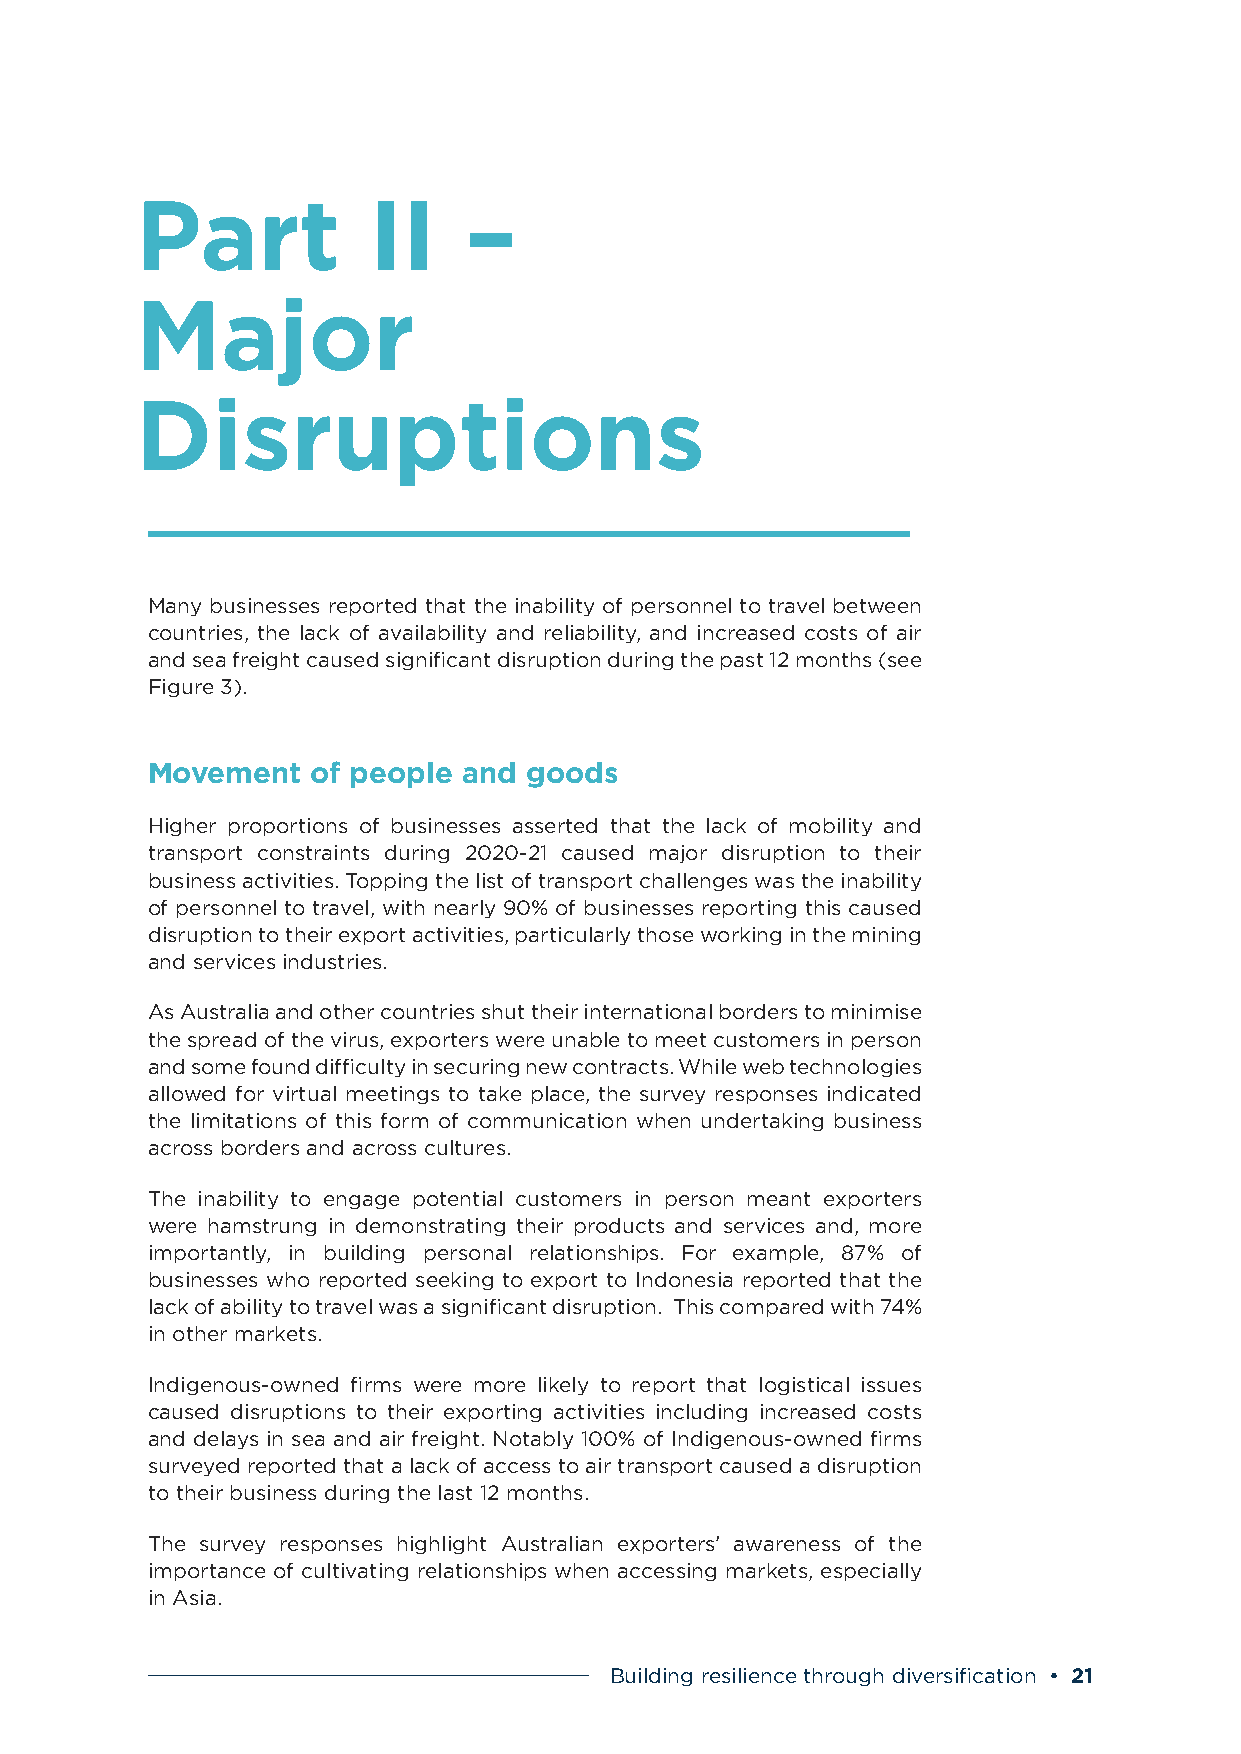
Part           II     –
 Major
 Disruptions
 Many businesses reported that the inability of personnel to travel between
 countries, the lack of availability and reliability, and increased costs of air
 and sea freight caused significant disruption during the past 12 months (see
 Figure 3).
 Movement   of people and goods
 Higher proportions of businesses asserted that the lack of mobility and
 transport constraints during 2020-21 caused major disruption to their
 business activities. Topping the list of transport challenges was the inability
 of personnel to travel, with nearly 90% of businesses reporting this caused
 disruption to their export activities, particularly those working in the mining
 and services industries.
 As Australia and other countries shut their international borders to minimise
 the spread of the virus, exporters were unable to meet customers in person
 and some found difficulty in securing new contracts. While web technologies
 allowed for virtual meetings to take place, the survey responses indicated
 the limitations of this form of communication when undertaking business
 across borders and across cultures.
 The inability to engage potential customers in person meant exporters
 were hamstrung in demonstrating their products and services and, more
 importantly, in building personal relationships. For example, 87% of
 businesses who reported seeking to export to Indonesia reported that the
 lack of ability to travel was a significant disruption. This compared with 74%
 in other markets.
 Indigenous-owned firms were more likely to report that logistical issues
 caused disruptions to their exporting activities including increased costs
 and delays in sea and air freight. Notably 100% of Indigenous-owned firms
 surveyed reported that a lack of access to air transport caused a disruption
 to their business during the last 12 months.
 The survey responses highlight Australian exporters’ awareness of the
 importance of cultivating relationships when accessing markets, especially
 in Asia.
 Building resilience through diversification • 21